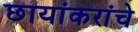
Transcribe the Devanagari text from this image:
छायांकरांचे